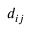
d _ { i j }